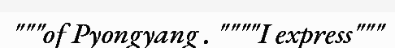
"""of Pyongyang . """"I express"""